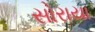
સોરાયા